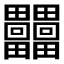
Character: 𤴐